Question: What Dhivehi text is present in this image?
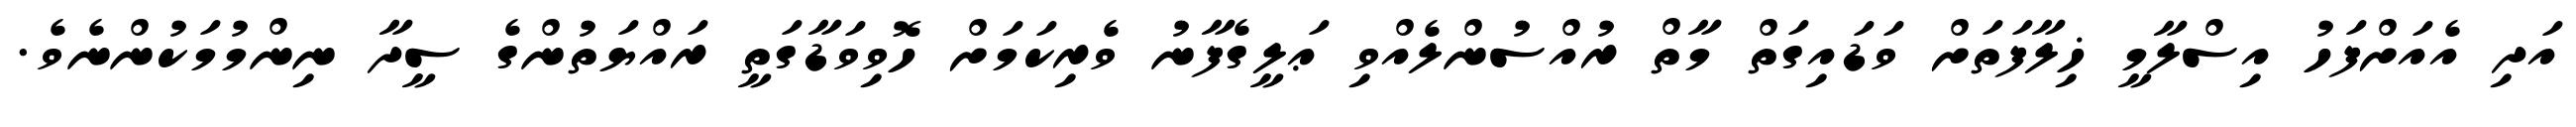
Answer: އަދި އެއަށްފަހު އިސްލާމީ ޚިލާފަތަށް ވަޑައިގަތް މާތް ރުއްސުންލެއްވި ޢަލީގެފާނު ވެރިކަމަށް ހޮވިވަޑާގަތީ ރައްޔަތުންގެ ސީދާ ނިންމުމަކުންނެވެ.